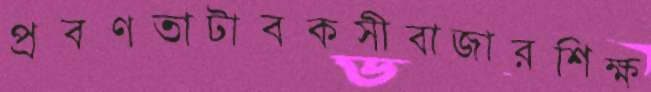
প্রবণতাটাবকসীবাজারশিক্ষ